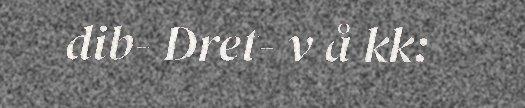
dib- Dret- v å kk: